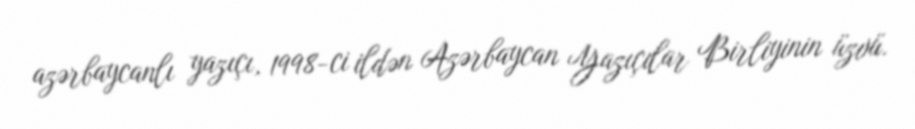
azərbaycanlı yazıçı, 1998-ci ildən Azərbaycan Yazıçılar Birliyinin üzvü.